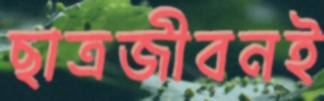
ছাত্রজীবনই